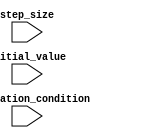
module decremental_for_loop (
    input wire initial_value,
    input wire step_size,
    input wire termination_condition,
    // Other Inputs Needed for Loop Body
    // Outputs Needed for Loop Body
);

    reg [31:0] loop_counter;

    always @ (posedge clk or negedge rst) begin
        if (!rst) begin
            loop_counter <= initial_value;
        end else begin
            if (termination_condition) begin
                // Perform operations within loop body

                loop_counter <= loop_counter - step_size;
            end
        end
    end

endmodule